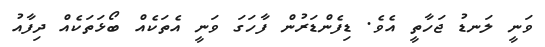
ވަނީ ލަނޑު ޖަހާތީ އެވެ. ޑިފެންޑަރުން ފާހަގަ ވަނީ އެތަކެއް ބޯޅަތަކެއް ދިފާއު